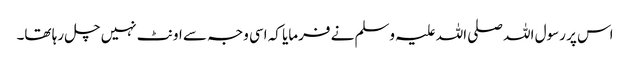
اس پر رسول اللہ صلی اللہ علیہ وسلم نے فرمایا کہ اسی وجہ سے اونٹ نہیں چل رہا تھا۔